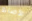
الأصابع